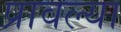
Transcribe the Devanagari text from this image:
प्रावल्या